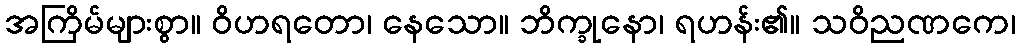
အကြိမ်များစွာ။ ဝိဟရတော၊ နေသော။ ဘိက္ခုနော၊ ရဟန်း၏။ သဝိညဏကေ၊